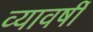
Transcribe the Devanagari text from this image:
व्यावर्षी